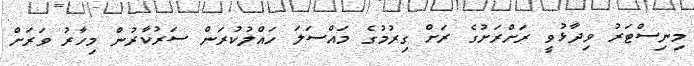
މިނިސްޓަރު ވިދާޅުވީ ރަށްރަށުގެ ރަށް ގިރުމުގެ މައްސަލަ ހައްލުކުރަން ސަރުކާރުން މިހާރު ވަރަށް